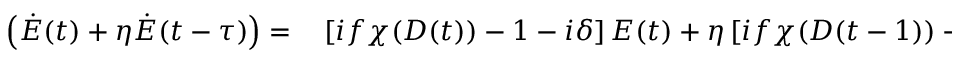
\begin{array} { r l } { \left( \dot { E } ( t ) + \eta \dot { E } ( t - \tau ) \right) = } & { { } \left[ i f \chi ( D ( t ) ) - 1 - i \delta \right] E ( t ) + \eta \left[ i f \chi ( D ( t - 1 ) ) - 1 - i \delta \right] E ( t - \tau ) } \end{array}